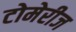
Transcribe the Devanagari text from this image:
टोमेरीज